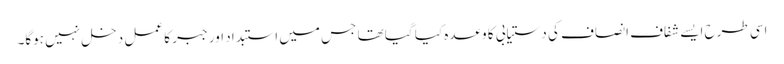
اسی طرح ایسے شفاف انصاف کی دستیابی کا وعدہ کیا گیا تھا جس میں استبداد اور جبر کا عمل دخل نہیں ہوگا۔